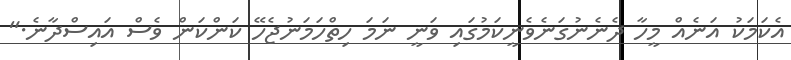
އެކަމަކު އަނެއް މީހާ ދެނެނުގަނެވެނީކަމުގައި ވަނީ ނަމަ ހިތްހަމަނުޖެހޭ ކަންކަން ވެސް އައިސްދާނެ."